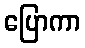
ပြောကာ